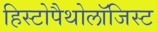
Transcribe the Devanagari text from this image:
हिस्टोपैथोलॉजिस्ट